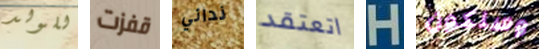
للولد قفزت ندائي اتعتقد H وسنكون